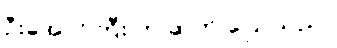
ဦးအောင်ကြီး က ဆက် ပြောသည်။